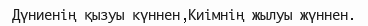
Дүниенің қызуы күннен,Киімнің жылуы жүннен.